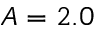
A = 2 . 0